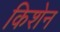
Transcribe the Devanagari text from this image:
किशेन